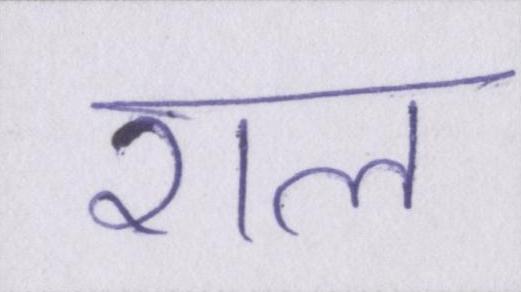
राल